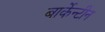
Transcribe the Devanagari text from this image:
बार्केन्टीन